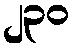
၂၃၀